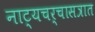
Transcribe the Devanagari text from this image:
नाट्यचर्चासत्रात